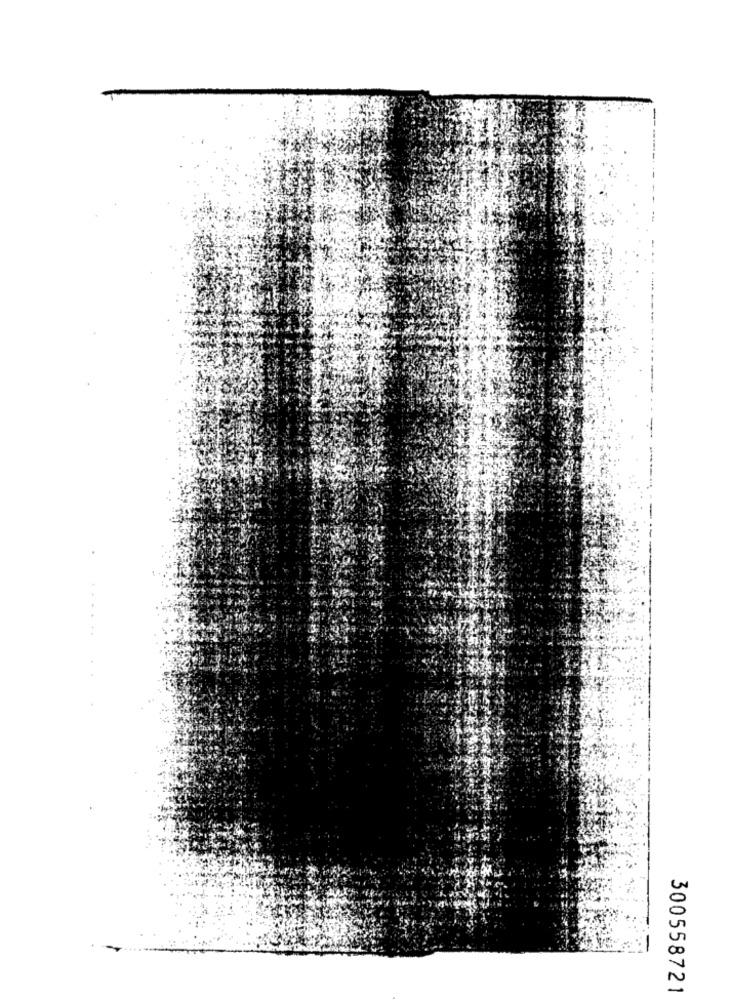
300558721